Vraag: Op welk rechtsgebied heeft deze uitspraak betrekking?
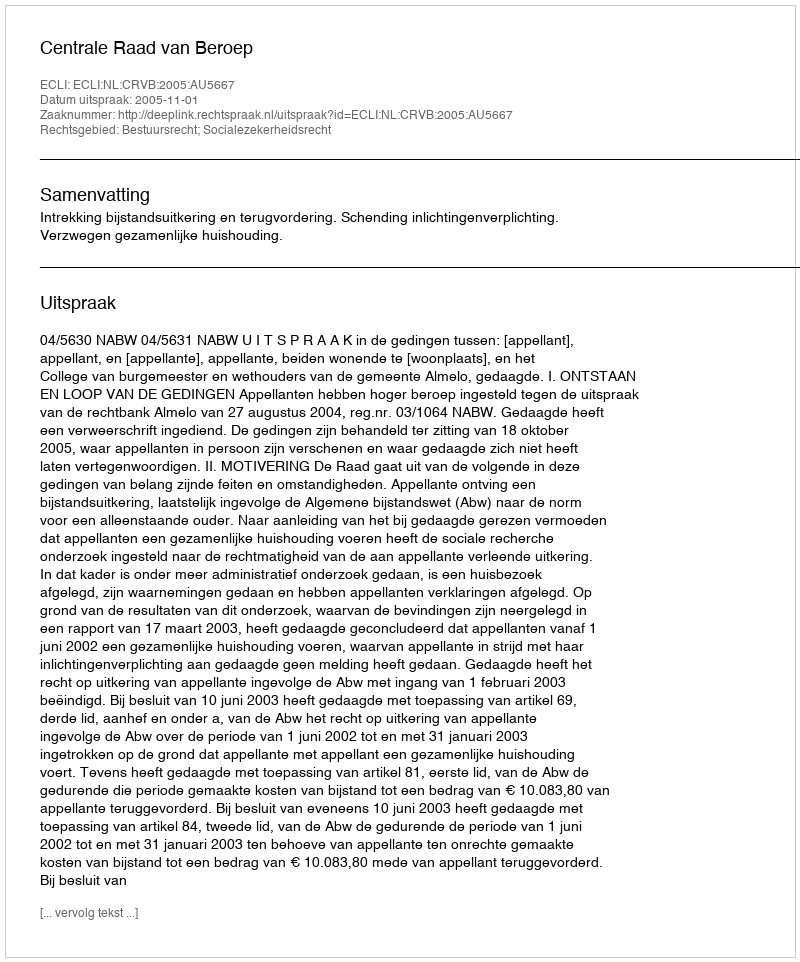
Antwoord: Bestuursrecht; Socialezekerheidsrecht